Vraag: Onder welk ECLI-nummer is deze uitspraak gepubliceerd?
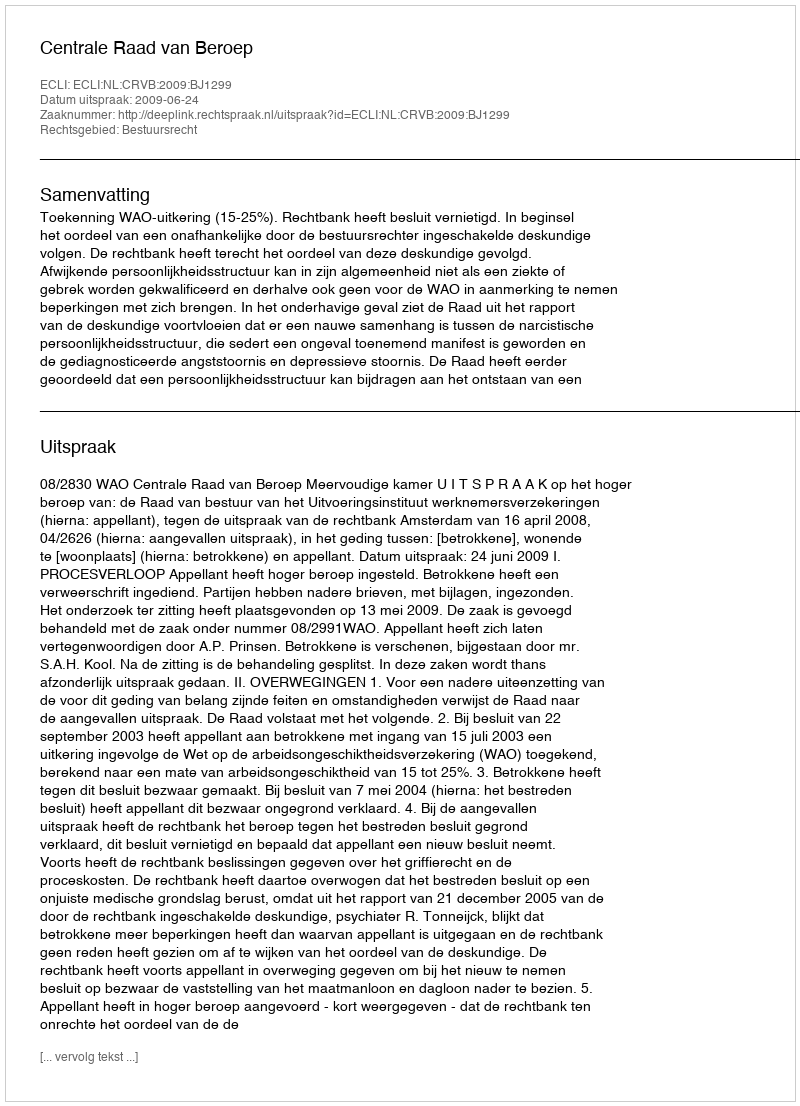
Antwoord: ECLI:NL:CRVB:2009:BJ1299